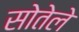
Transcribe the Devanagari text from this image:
सोतेले